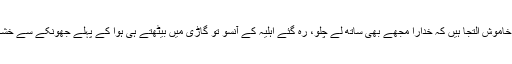
سسر کے آنسو خاموش التجا ہیں کہ خدارا مجھے بھی ساتھ لے چلو، رہ گئے اہلیہ کے آنسو تو گاڑی میں بیٹھتے ہی ہوا کے پہلے جھونکے سے خشک ہوجائیںگے۔